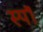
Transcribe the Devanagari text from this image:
स्पॉ